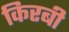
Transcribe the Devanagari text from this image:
किरबी